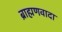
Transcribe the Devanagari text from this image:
ब्राह्मणवादा